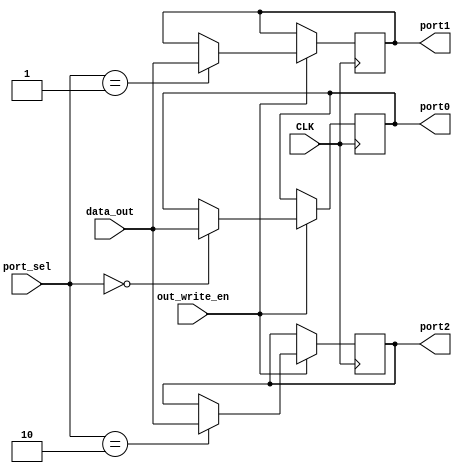
`timescale 1ns / 1ps
//////////////////////////////////////////////////////////////////////////////////
// Company: 
// Engineer: 
// 
// Design Name: 
// Module Name: out_mux
// Project Name: 
// Target Devices: 
// Tool Versions: 
// Description: 
// 
// Dependencies: 
// 
// Revision:
// Revision 0.01 - File Created
// Additional Comments:
// 
//////////////////////////////////////////////////////////////////////////////////


module out_mux(
    input CLK,
    input [3:0] port_sel,
    input out_write_en,
    input [15:0] data_out,
    output reg [15:0] port0=0,
    output reg [15:0] port1=0,
    output reg [15:0] port2=0
    );
    always @(posedge CLK)
        begin
        if (out_write_en==1)
            begin
                case(port_sel)
                0: begin
                   port0=data_out;
                   port1=port1;
                   port2=port2;
                   end
                1: begin
                   port0=port0;
                   port1=data_out;
                   port2=port2;
                   end
                2: begin
                   port0=port0;
                   port1=port1;
                   port2=data_out;
                   end       
                default: begin
                   port0=port0;
                   port1=port1;
                   port2=port2;
                   end   
                endcase 
           end
        else 
            begin
                port0=port0;
                port1=port1;
                port2=port2;
            end                  
    end                    
endmodule